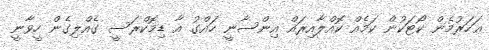
ޢަހަރުމެން ކޯޓަކުން ކަމެއް ކޮއްލާއިރައް އިންސާނީ ހައްގު އާ ޑިމޮކްރަސީ ގެއްލިގެން ހީވާނީ